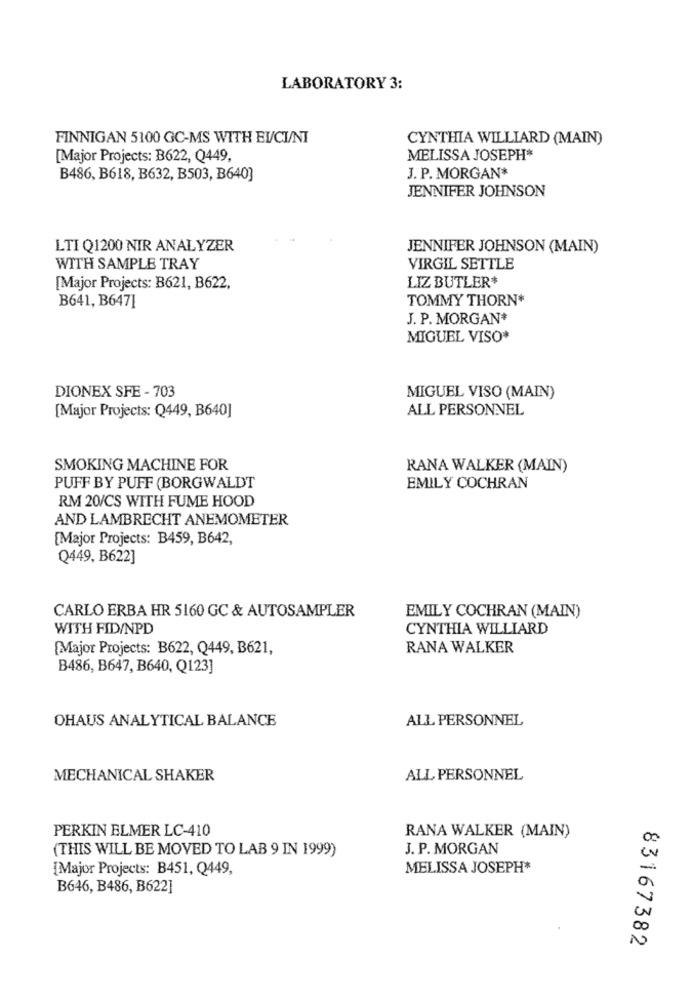
LABORATORY 3:
FINNIGAN 5100 GC-MS WITH EUCI/NT
CYNTHIA WILLIARD (MAIN)
[Major Projects: B622, Q449,
MELISSA JOSEPH*
J. P. MORGAN*
B486, B618, B632, B503, B640]
JENNIFER JOHNSON
LTI Q1200 NIR ANALYZER
JENNIFER JOHNSON (MAIN)
WITH SAMPLE TRAY
VIRGIL SETTLE
[Major Projects: B621, B622,
LIZ BUTLER*
B641, B647]
TOMMY THORN*
J. P. MORGAN+
MIGUEL VISO*
DIONEX SFE - 703
MIGUEL VISO (MAIN)
ALL PERSONNEL
[Major Projects: Q449, B640]
SMOKING MACHINE FOR
RANA WALKER (MAIN)
PUFF BY PUFF (BORGWALDT
EMILY COCHRAN
RM 20/CS WITH FUME HOOD
AND LAMBRECHT ANEMOMETER
[Major Projects: B459, B642,
Q449, B622]
CARLO ERBA HR 5160 GC & AUTOSAMPLER
EMILY COCHRAN (MAIN)
WITH FID/NPD
CYNTHIA WILLIARD
[Major Projects: B622, Q449, B621,
RANA WALKER
B486, B647, B640, Q123]
OHAUS ANALYTICAL BALANCE
ALL PERSONNEL
MECHANICAL SHAKER
ALL PERSONNEL
PERKIN ELMER LC-410
RANA WALKER (MAIN)
(THIS WILL BE MOVED TO LAB 9 IN 1999)
J. P. MORGAN
[Major Projects: B451, Q449,
MELISSA JOSEPH*
B646, B486, B622]
83167382